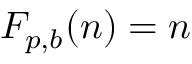
F _ { p , b } ( n ) = n